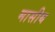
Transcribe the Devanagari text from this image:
मासीय